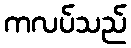
ကလပ်သည်